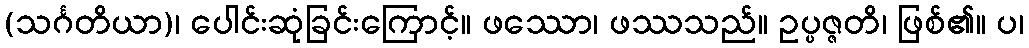
(သင်္ဂတိယာ)၊ ပေါင်းဆုံခြင်းကြောင့်။ ဖဿော၊ ဖဿသည်။ ဥပ္ပဇ္ဇတိ၊ ဖြစ်၏။ ပ၊